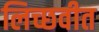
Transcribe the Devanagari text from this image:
लिच्छवीत